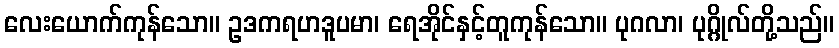
လေးယောက်ကုန်သော။ ဥဒကရဟဒူပမာ၊ ရေအိုင်နှင့်တူကုန်သော။ ပုဂလာ၊ ပုဂ္ဂိုလ်တို့သည်။